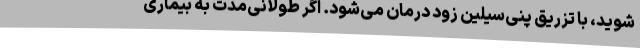
شوید، با تزریق پنی‌سیلین زود درمان می‌شود. اگر طولانی‌مدت به بیماری